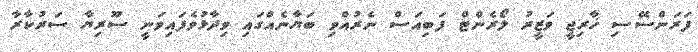
ފަރަންސޭސި ޚާރިޖީ ވަޒީރު ލޯރެންޓް ފަބިއަސް ނެރުއްވި ބަޔާނެއްގައި ވިދާޅުވެފައިވަނީ ސޫރިޔާ ސަރުކާރާ